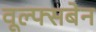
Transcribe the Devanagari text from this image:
वूल्फ्सबेन